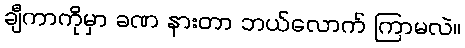
ချီကာကိုမှာ ခဏ နားတာ ဘယ်လောက် ကြာမလဲ။